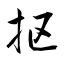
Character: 抠